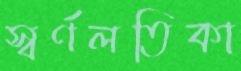
স্বর্ণলতিকা